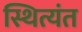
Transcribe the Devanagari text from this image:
स्थित्यंत